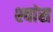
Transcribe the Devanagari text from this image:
श्‍वांस